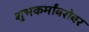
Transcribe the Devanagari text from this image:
शुभकर्मांबरोबर